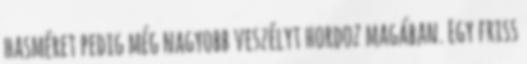
hasméret pedig még nagyobb veszélyt hordoz magában. Egy friss